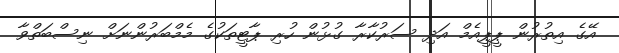
އޭގެ އިތުރުން ޕީޕީއެމް އަދި ސަރުކާރާ ގުޅުން ހުރި ޕާޓީތަކުގެ މެމްބަރުންނަށް ނިސްބަތްވާ